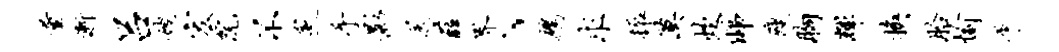
量渐吕嫂宏院不炙手影送薛界、鹧求振漠炊睇瘦胸辉换胎愉平